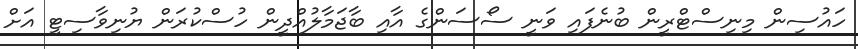
ހައުސިން މިނިސްޓްރީން ބުނެފައި ވަނީ ސޯސަންގެ އާއި ބާޖަމާލުއްދީން ހުސްކުރަން ޔުނިވާސިޓީ އަށް